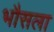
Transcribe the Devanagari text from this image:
भौसला